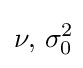
\nu ,\,\sigma _{0}^{2}\!